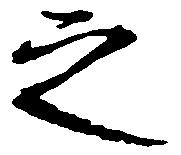
之